Medical and sanitary report on the native army of Bombay for the year
Year: 1877
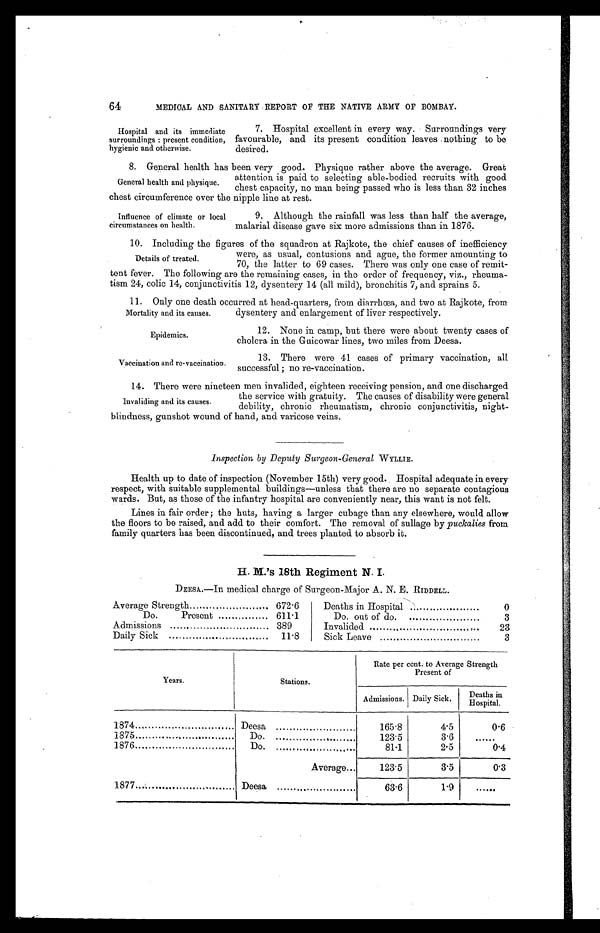
64
MEDICAL AND SANITARY REPORT OF THE NATIVE ARMY OF BOMBAY.
Hospital and its immediate
surroundings : present condition,
hygienic and otherwise.
7. Hospital excellent in every way. Surroundings very
favourable, and its present condition leaves nothing to be
desired.
General health and physique.
8. General health has been very good. Physique rather above the average. Great
attention is paid to selecting able-bodied recruits with good
chest capacity, no man being passed who is less than 32 inches
chest circumference over the nipple line at rest.
Influence of climate or local
circumstances on health.
9. Although the rainfall was less than half the average,
malarial disease gave six more admissions than in 1876.
Details of treated.
10. Including the figures of the squadron at Rajkote, the chief causes of inefficiency
were, as usual, contusions and ague, the former amounting to
70, the latter to 69 cases. There was only one case of remit-
tent fever. The following are the remaining cases, in the order of frequency, viz., rheuma-
tism 24, colic 14, conjunctivitis 12, dysentery 14 (all mild), bronchitis 7, and sprains 5.
Mortality and its causes.
11. Only one death occurred at head-quarters, from diarrhœa, and two at Rajkote, from
dysentery and enlargement of liver respectively.
Epidemics.
12. None in camp, but there were about twenty cases of
cholera in the Guicowar lines, two miles from Deesa.
Vaccination and re-vaccination.
13. There were 41 cases of primary vaccination, all
successful ; no re-vaccination.
Invaliding and its causes.
14. There were nineteen men invalided, eighteen receiving pension, and one discharged
the service with gratuity. The causes of disability were general
debility, chronic rheumatism, chronic conjunctivitis, night-
blindness, gunshot wound of hand, and varicose veins.
Inspection by Deputy Surgeon-General WYLLIE.
Health up to date of inspection (November 15th) very good. Hospital adequate in every
respect, with suitable supplemental buildings—unless that there are no separate contagious
wards. But, as those of the infantry hospital are conveniently near, this want is not felt.
Lines in fair order; the huts, having a larger cubage than any elsewhere, would allow
the floors to be raised, and add to their comfort. The removal of sullage by puckalies from
family quarters has been discontinued, and trees planted to absorb it.
H. M.'s 18th Regiment N. I.
DEESA.—In medical charge of Surgeon-Major A. N. E. RIDDELL.
Average Strength
672.6
Deaths in Hospital
0
Do.
Present
611.1
Do out of do....
3
Admissions
389
Invalided
23
Daily Sick
..
11.8
Sick Leave
3
Years.
Stations.
Rate per cent. to Average Strength
Present of
Admissions. Daily Sick.
Deaths i n H o s p i t a l .
1874
Deesa
165.8
4.5
0.6
1875
Do.
...
123.5
3.6
. . . . . .
1876
Do.
81.1
2.5
0.4
A v e r a g e . . .
123.5
3.5
0.3
1877
Deesa
63.6
1.9 ......